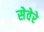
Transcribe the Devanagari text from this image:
सेवेरे